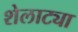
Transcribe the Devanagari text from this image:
शेलाट्या